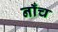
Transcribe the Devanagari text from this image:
नाँच